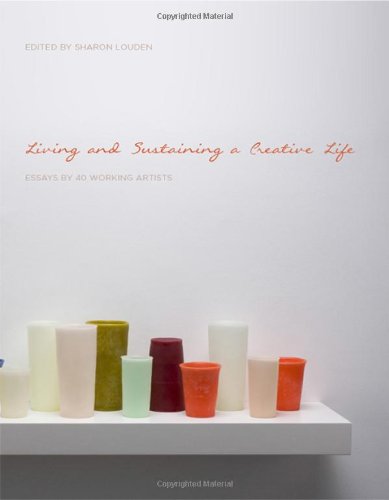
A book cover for Living and Sustaining a Creative Life: Essays by 40 Working Artists; Arts & Photography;